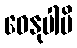
ဓေနုပါပိ